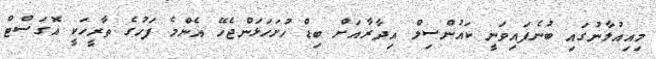
މިއިއުލާނުގައި ބުނެފައިވަނީ ކައުންސިލް އިދާރާއަށް ބިޑް ހުށަހަޅަންޖެހޭ އެންމެ ފަހުގެ ތާރީހަކީ އޮގަސްޓް